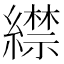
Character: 䌝